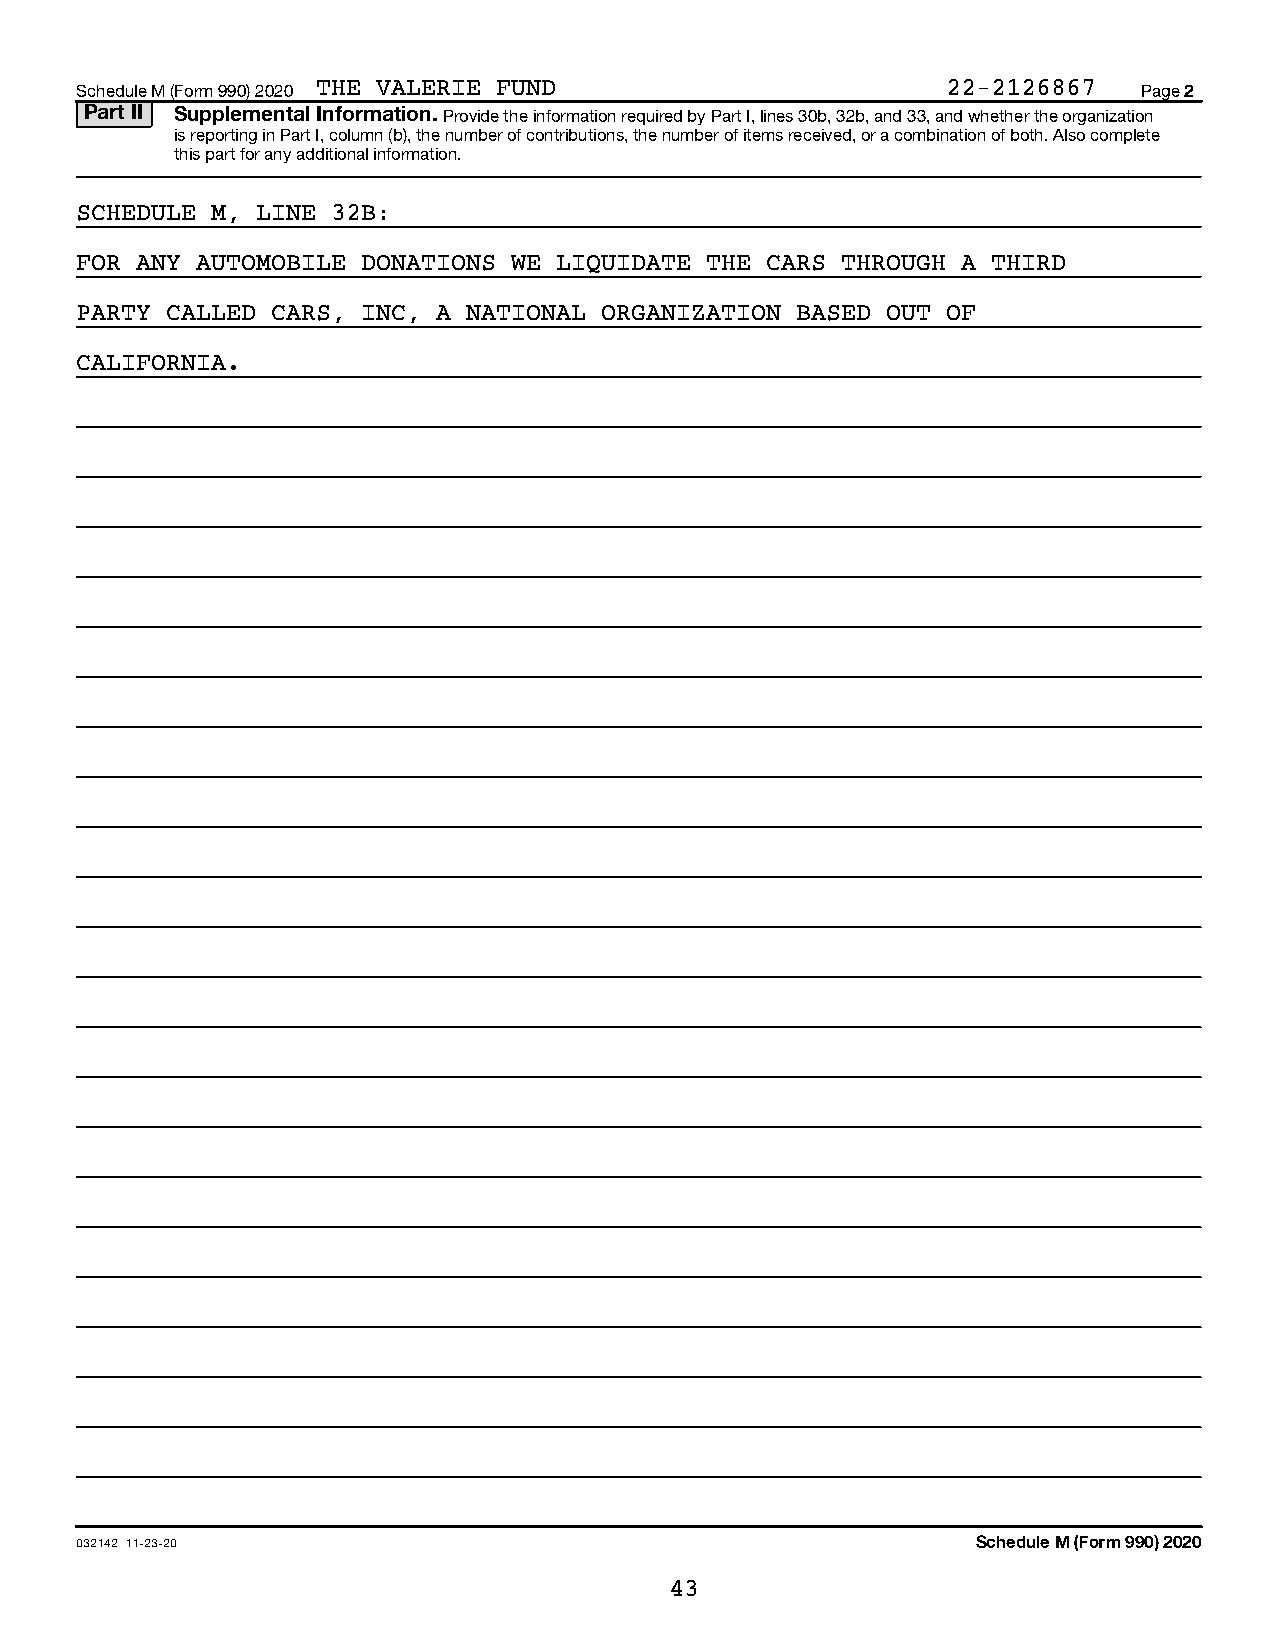
Schedule M (Form 990) 2020 THE VALERIE FUND               22-2126867   Page 2
 Part II Supplemental Information. Provide the information required by Part I, lines 30b, 32b, and 33, and whether the organization
 is reporting in Part I, column (b), the number of contributions, the number of items received, or a combination of both. Also complete
 this part for any additional information.
 SCHEDULE M, LINE 32B:
 FOR ANY AUTOMOBILE DONATIONS WE LIQUIDATE THE CARS THROUGH A THIRD
 PARTY CALLED CARS, INC, A NATIONAL ORGANIZATION BASED OUT OF
 CALIFORNIA.
 032142 11-23-20                                             Schedule M (Form 990) 2020
 43